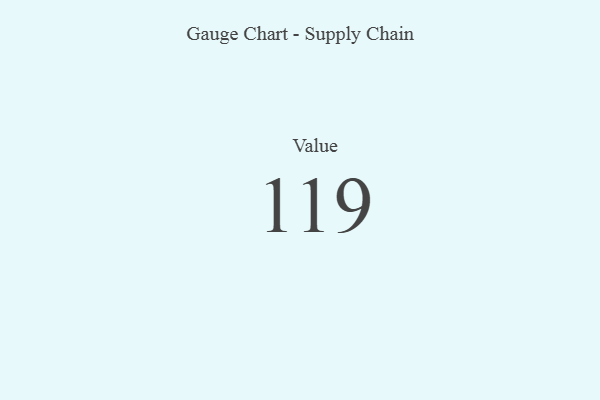
{"axis": {"x": "Metric", "y": "Value"}, "legend": [""], "data": [{"x": "Value", "y": 119, "type": ""}]}